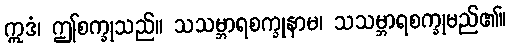
ဣဒံ၊ ဤစက္ခုသည်။ သသမ္ဘာရစက္ခုနာမ၊ သသမ္ဘာရစက္ခုမည်၏။